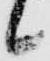
候